Lunatic asylums Central Provinces reports 1886-1894 - 1886-1894
Year: 1886
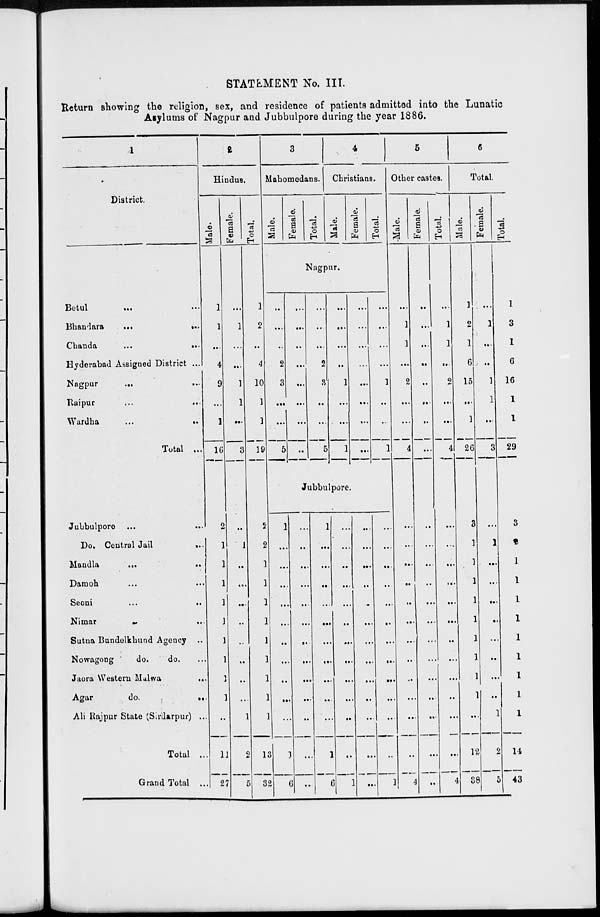
STATEMENT No. III.
Return showing the religion, sex, and residence of patients admitted into the Lunatic
Asylums of Nagpur and Jubbulpore during the year 1886.
1
District.
Betul
... ...
Bhandara
...
...
Chanda
...
...
Hyderabad Assigned District ...
Nagpur
...
...
Raipur ... ...
Wardha
...
...
Total ...
Jubbulpore ... ...
Do. Central Jail
...
Mandla
...
...
Damoh ... ...
Seoni
...
...
Nimar ... ...
Sutna Bundelkhund Agency ...
Nowagong
do.
do. ...
Jaora Western Malwa
...
Agar
do.
...
Ali Rajpur State (Sirdarpur) ...
Total ...
Grand Total ...
2
Hindus.
Male.
1
1
...
4
9
...
1
16
2
1
1
1
1
1
1
1
1
1
...
11
27
Female.
...
1
...
...
1
1
...
3
...
1
...
...
...
...
...
...
...
...
1
2
5
Total.
1
2
...
4
10
1
1
19
2
2
1
1
1
1
1
1
1
1
1
13
32
3
Mahomedans.
Male.
Female.
Total.
4
Christians.
Male.
Female.
Total.
Nagpur.
...
...
...
2
3
...
...
5
...
...
...
...
...
...
...
..
...
...
...
2
3
...
...
5
...
...
...
...
1
...
...
1
...
...
...
...
...
...
...
...
...
...
...
...
1
...
...
1
Jubbulpore.
1
...
...
...
...
...
...
...
...
...
...
1
6
...
...
...
...
...
...
...
...
...
...
...
...
...
1
...
...
...
...
...
...
...
...
...
...
1
6
...
...
...
...
...
...
...
...
...
...
...
...
1
...
...
...
...
...
....
...
...
...
...
...
...
...
...
...
...
...
...
...
...
...
...
...
...
...
1
5
Other castes.
Male.
...
1
1
...
2
...
...
4
...
...
...
...
...
...
...
...
...
...
...
...
4
Female.
...
...
...
...
...
...
...
...
...
...
...
...
...
...
...
...
...
...
...
...
...
Total.
...
1
1
...
2
...
...
4
...
...
...
...
...
...
...
...
...
...
...
...
4
6
Total.
Male.
1
2
1
6
15
...
1
26
3
1
...
...
...
1
1
1
1
1
...
12
38
Female.
...
1
...
...
1
1
...
3
...
1
1
...
...
...
...
...
...
...
1
2
5
Total.
1
3
1
6
16
1
1
29
3
2
1
1
1
1
1
1
1
1
1
14
43